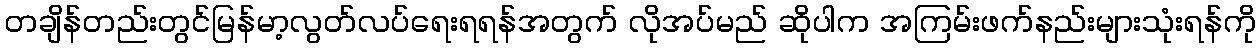
တချိန်တည်းတွင်မြန်မာ့လွတ်လပ်ရေးရရန်အတွက် လိုအပ်မည် ဆိုပါက အကြမ်းဖက်နည်းများသုံးရန်ကို